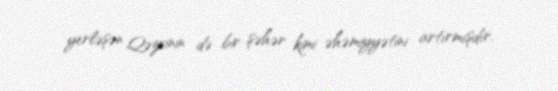
yerləşən Qəzvinin də bir şəhər kimi əhəmiyyətini artırmışdır.